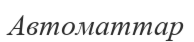
Автоматтар